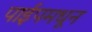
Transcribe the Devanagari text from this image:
पाईपमधून